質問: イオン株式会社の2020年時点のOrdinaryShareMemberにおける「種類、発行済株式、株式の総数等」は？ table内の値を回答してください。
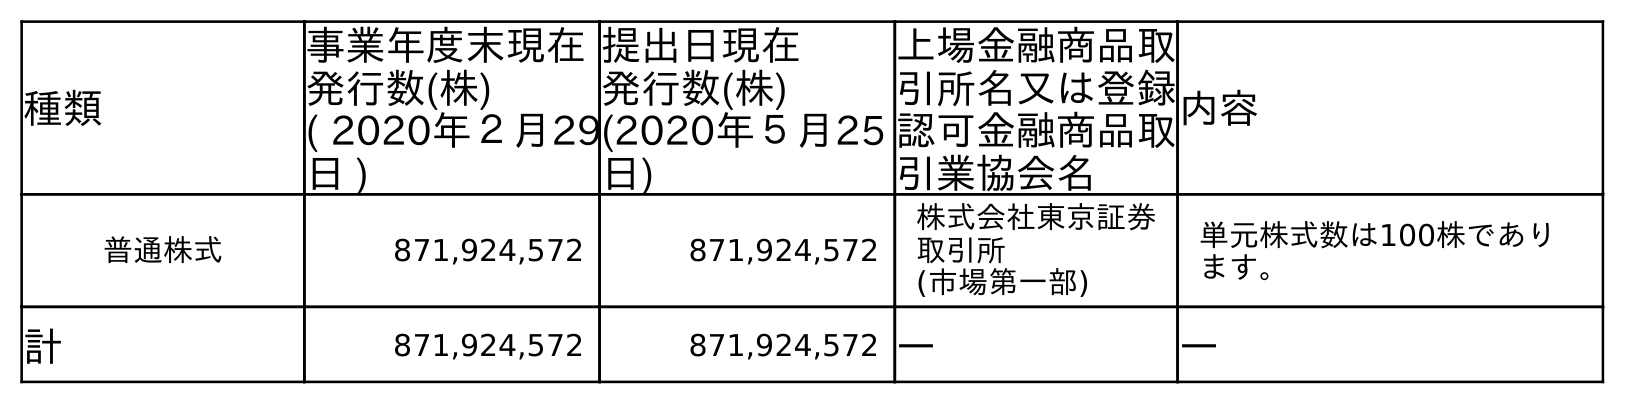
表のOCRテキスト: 種類 事業年度末現在 発行数(株) ( 2020年２月29 日 ) 提出日現在 発行数(株) (2020年５月25 日) 上場金融商品取 引所名又は登録 認可金融商品取 引業協会名 内容 普通株式 871,924,572 871,924,572 株式会社東京証券 取引所 (市場第一部) 単元株式数は100株であり ます。 計 871,924,572 871,924,572 ― ―
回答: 普通株式